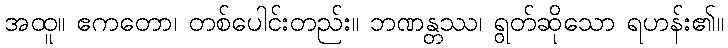
အထူ။ ဧကတော၊ တစ်ပေါင်းတည်း။ ဘဏန္တဿ၊ ရွတ်ဆိုသော ရဟန်း၏။